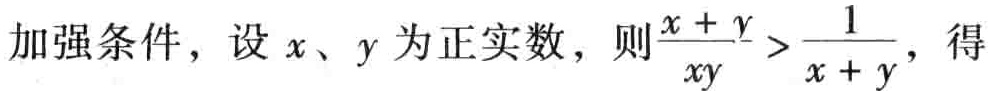
加强条件，设\(x、y\)为正实数，则\(\frac{x + y}{xy}>\frac{1}{x + y}\)，得